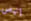
إنهض